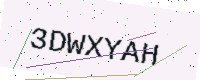
Text: 3DWXYAH